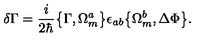
\delta \Gamma = \frac { i } { 2 \hbar } \bigl \{ \Gamma , \Omega _ { m } ^ { a } \bigr \} \epsilon _ { a b } \bigl \{ \Omega _ { m } ^ { b } , \Delta \Phi \bigr \} .